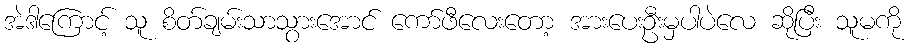
အဲဒါကြောင့် သူ စိတ်ချမ်းသာသွားအောင် ကော်ဖီလေးတော့ အားပေးဦးမှပါပဲလေ ဆိုပြီး သူမကို